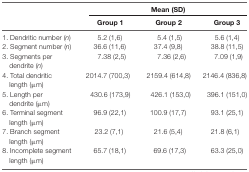
|  | <COLSPAN=3> Mean (SD) |
 |  | Group 1 | Group 2 | Group 3 |
 | --- | --- | --- | --- |
 | 1. Dendritic number (n) | 5.2 (1,6) | 5.4 (1,5) | 5.6 (1,4) |
 | 2. Segment number (n) | 36.6 (11,6) | 37.4 (9,8) | 38.8 (11,5) |
 | 3. Segments per dendrite (n) | 7.38 (2,5) | 7.36 (2,6) | 7.09 (1,9) |
 | 4. Total dendritic length (μm) | 2014.7 (700,3) | 2159.4 (614,8) | 2146.4 (836,8) |
 | 5. Length per dendrite (μm) | 430.6 (173,9) | 426.1 (153,0) | 396.1 (151,0) |
 | 6. Terminal segment length (μm) | 96.9 (22,1) | 100.9 (17,7) | 93.1 (25,1) |
 | 7. Branch segment length (μm) | 23.2 (7,1) | 21.6 (5,4) | 21.8 (6,1) |
 | 8. Incomplete segment length (μm) | 65.7 (18,1) | 69.6 (17,3) | 63.3 (25,0) |